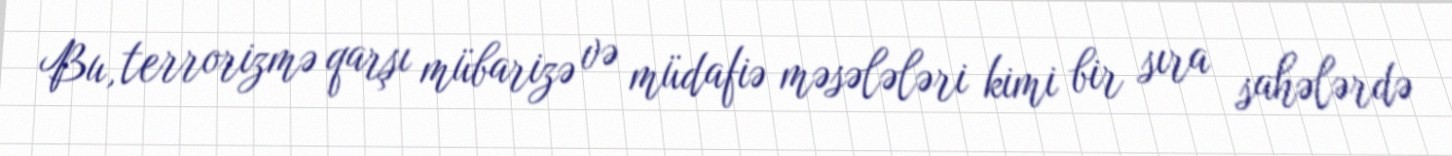
Bu, terrorizmə qarşı mübarizə və müdafiə məsələləri kimi bir sıra sahələrdə